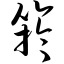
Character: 竽